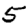
Digit: 5